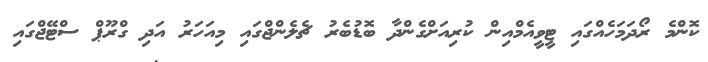
ކޮންމެ ރޯދަމަހެއްގައި ޓީވީއެމްއިން ކުރިއަށްގެންދާ ބޮޑުބެރު ޗެލެންޖްގައި މިއަހަރު އަދި ގްރޫޕް ސްޓޭޖްގައި